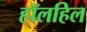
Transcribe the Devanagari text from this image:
हॉलहिल